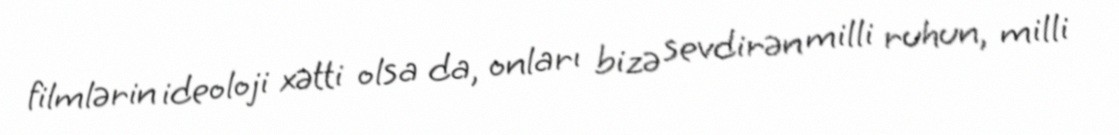
filmlərin ideoloji xətti olsa da, onları bizə sevdirən milli ruhun, milli